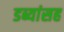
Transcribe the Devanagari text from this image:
डब्यांसह